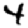
Digit: 4